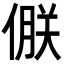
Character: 𪝝